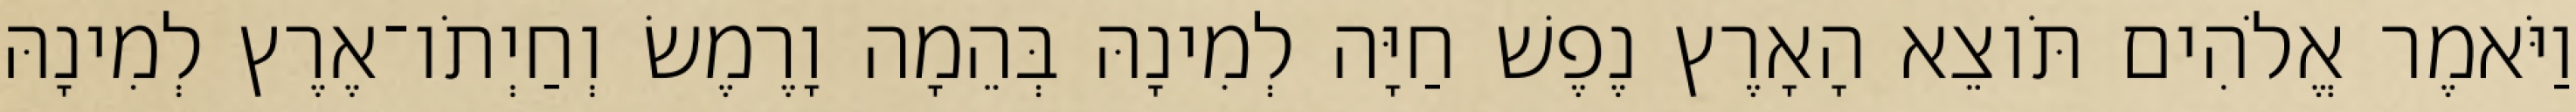
וַיֹּאמֶר אֱלֹהִים תֹּוצֵא הָאָרֶץ נֶפֶשׁ חַיָּה לְמִינָהּ בְּהֵמָה וָרֶמֶשׂ וְחַיְתֹו־אֶרֶץ לְמִינָהּ